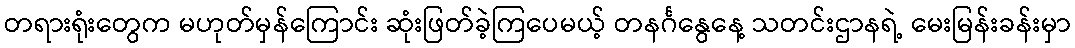
တရားရုံးတွေက မဟုတ်မှန်ကြောင်း ဆုံးဖြတ်ခဲ့ကြပေမယ့် တနင်္ဂနွေနေ့ သတင်းဌာနရဲ့ မေးမြန်းခန်းမှာ